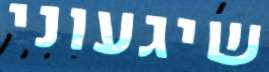
שיגעוני